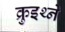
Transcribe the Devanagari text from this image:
क्रुइथ्ने